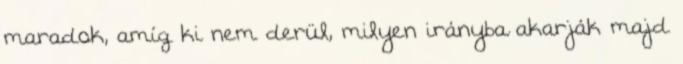
maradok, amíg ki nem derül, milyen irányba akarják majd